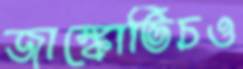
জাঙ্কোভিচও